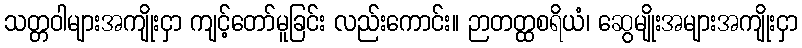
သတ္တဝါများအကျိုးငှာ ကျင့်တော်မူခြင်း လည်းကောင်း။ ဉာတတ္ထစရိယံ၊ ဆွေမျိုးအများအကျိုးငှာ